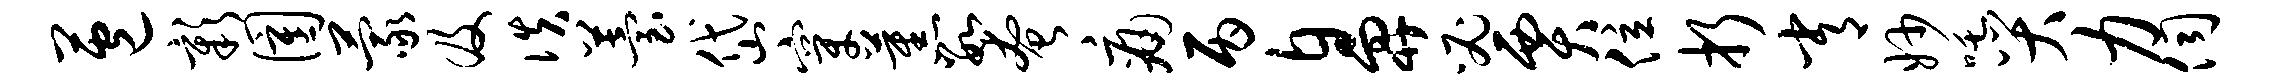
苞彰圉蒙及佚苔岱穿蕉数奄痛丙鼻必贾位折常妙吒哭力伺